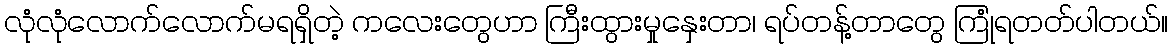
လုံလုံလောက်လောက်မရရှိတဲ့ ကလေးတွေဟာ ကြီးထွားမှုနှေးတာ၊ ရပ်တန့်တာတွေ ကြုံရတတ်ပါတယ်။